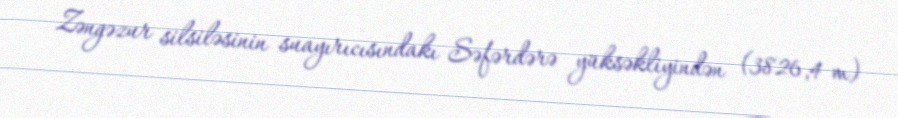
Zəngəzur silsiləsinin suayırıcısındakı Səfərdərə yüksəkliyindən (3826,4 m)